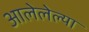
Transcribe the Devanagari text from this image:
आलेलेल्या